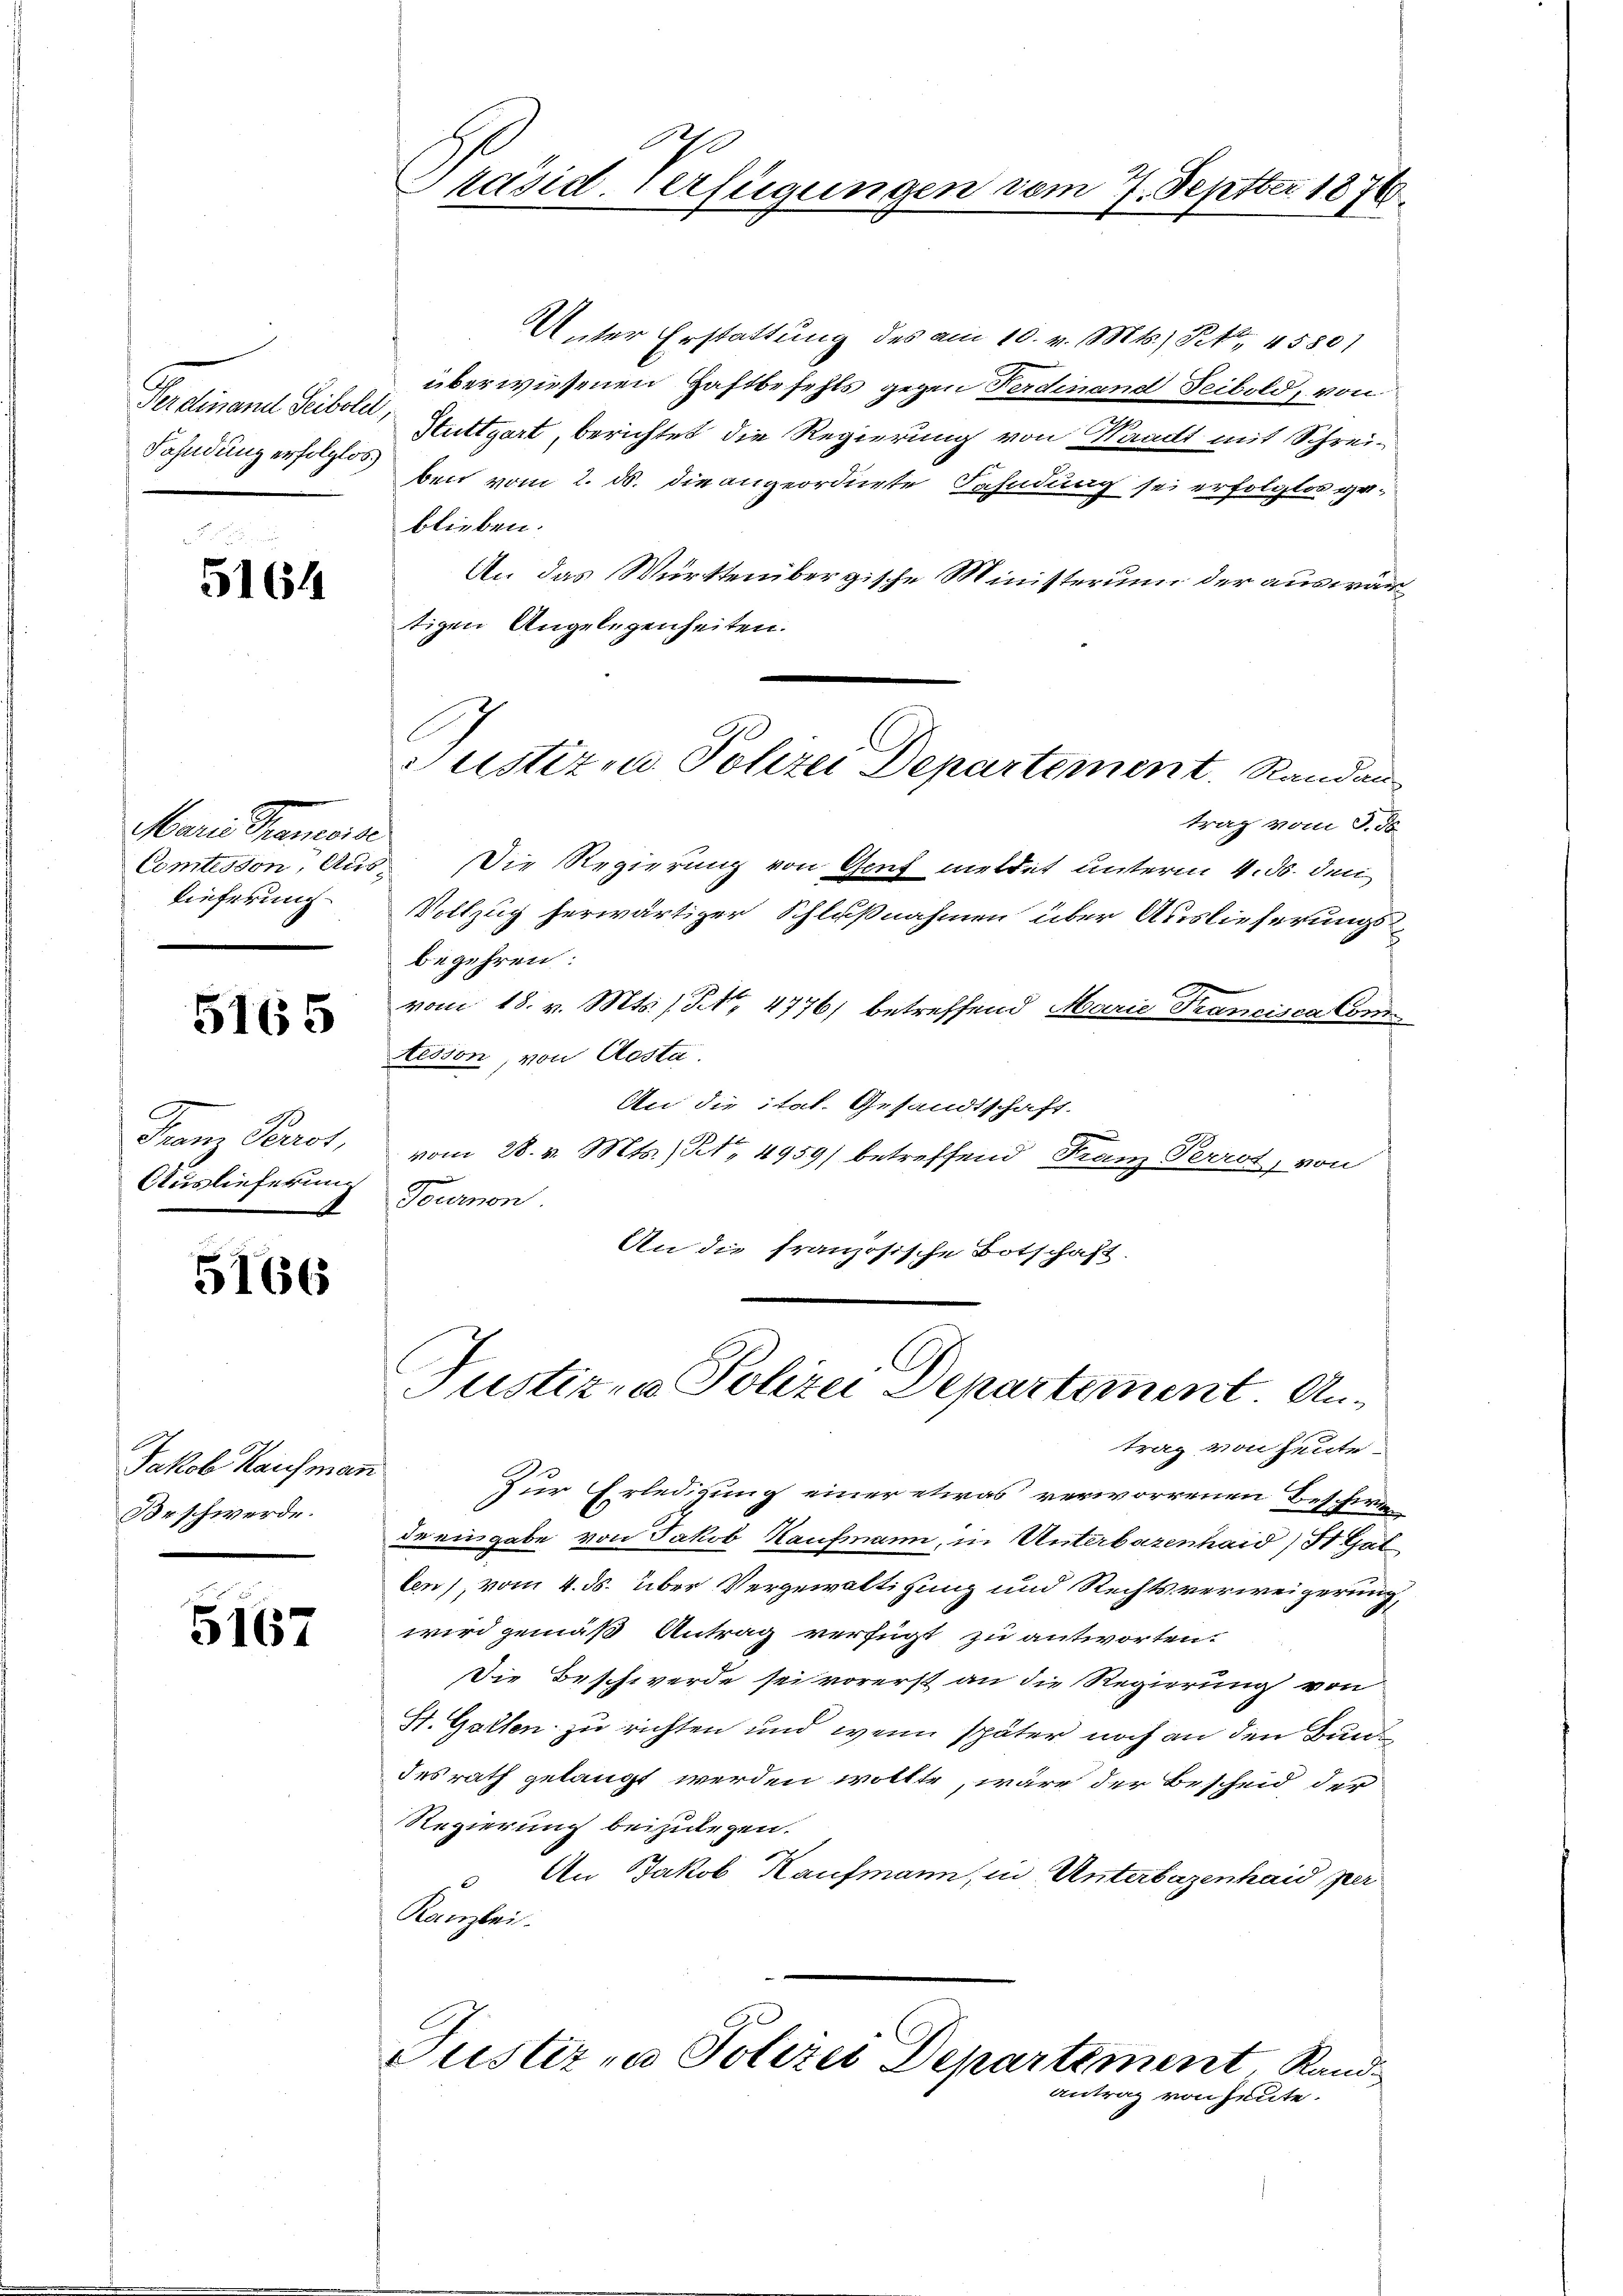
Ferdinand Sibole,
Fahndung erfolglos

5164

Marie Mancora
Lieferung
.

5165

Auslieferung

5166

Jakob Kaufmann
Brschwerde.

5167

Präsid-Verfügungen vom 7. Septter 1876

Unter Erstattung des am 10. v. Mts.) Pett, 45801
überwiesenen Haftbefehls gegen Ferdinand Teibold, von
Stuttgart, berichtet die Regierung von Waadt mit Schrei-
ben vom 2. ds. die angeordnete Fahndung sei erfolglos geblieben.
An das Württembergische Ministerium der auswärtigen Angelegenheiten.
trag vom 3. ds.
Comtesson, Aus Die Regierung von Genf meldet unterm 4. ds. den
Vollzug herwärtiger Schlußnahmen über Auslieferungsbegehren:
vom 18. v. Mts. / NNo. 4776) betreffend Marie Trancisca Comtisson, von Aosta.
An die itat. Gesandtschaft.
Franz Perrot, vom 28. v. Mts., N. 4959) betreffend Franz Perrot, von
Feueron
An die französische Botschaft.

Justizen Polizei Departement. Randau

Justiz- & Polizei Departement. Antrag von heute

Justiz- & Polizei Departement, Rand
antrag von heute.

Zur Erledigung einer etwas verworrenen Beschwer-
de eingabe von Jakob Kaufmann, in Unterbazenhaid) St. Gal
len), vom 4. ds. über Vergewaltigung und Rechtsverweigerung,
wird gemäß Antrag verfügt zu antworten.
Die Beschwerde sei vorerst an die Regierung von
St. Gallen zu richten und wenn später noch an den Bunds
desrath gelangt werden wollte, wäre der Bescheid der
Regierung beizulegen.
 An Jakob Kaufmann, in Unterbazenhaid per
Kanzlei.